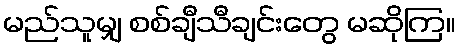
မည်သူမျှ စစ်ချီသီချင်းတွေ မဆိုကြ။